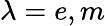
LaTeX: \lambda=e,m